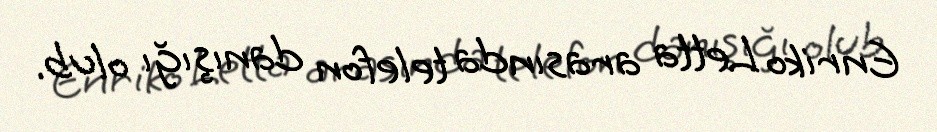
Enriko Letta arasında telefon danışığı olub.